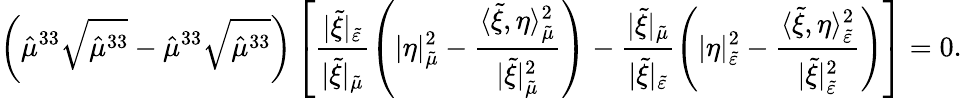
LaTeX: \left(\hat{\mu}^{33}\sqrt{\hat{\mu}^{33}}-\hat{\mu}^{33}\sqrt{\hat{\mu}^{33}}\right)\left[\frac{\lvert\tilde{\xi}\rvert_{\tilde{\varepsilon}}}{\lvert\tilde{\xi}\rvert_{\tilde{\mu}}}\left(\lvert\eta\rvert_{\tilde{\mu}}^{2}-\frac{\langle\tilde{\xi},\eta\rangle_{\tilde{\mu}}^{2}}{\lvert\tilde{\xi}\rvert_{\tilde{\mu}}^{2}}\right)-\frac{\lvert\tilde{\xi}\rvert_{\tilde{\mu}}}{\lvert\tilde{\xi}\rvert_{\tilde{\varepsilon}}}\left(\lvert\eta\rvert_{\tilde{\varepsilon}}^{2}-\frac{\langle\tilde{\xi},\eta\rangle_{\tilde{\varepsilon}}^{2}}{\lvert\tilde{\xi}\rvert_{\tilde{\varepsilon}}^{2}}\right)\right]=0.